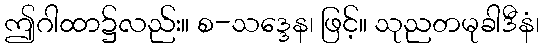
ဤဂါထာ၌လည်း။ စ-သဒ္ဒေန၊ ဖြင့်။ သုညတမုခါဒီနံ၊